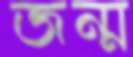
জন্ম